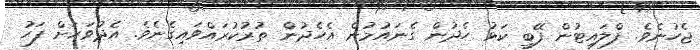
ޖެހުނެވެ. ފްލައިޓުން ފޭބީ ކަޅު ހެދުން ގެނައުމުން އެހެދުން ތުރުކުރައްވައިގެނެވެ. އެދުވަހަށް ފަހު